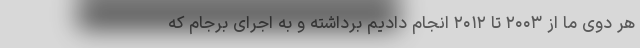
هر دوی ما از ۲۰۰۳ تا ۲۰۱۲ انجام دادیم برداشته و به اجرای برجام که